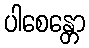
ပါစေန္တော